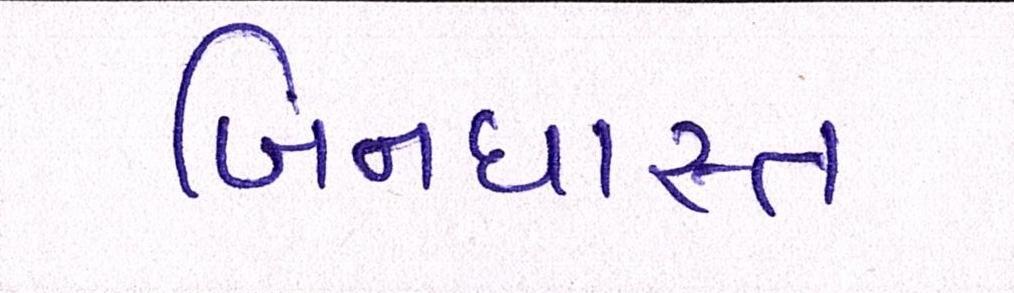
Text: બિનધાસ્ત